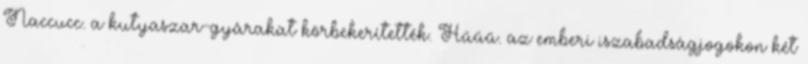
Naccucc. a kutyaszar-gyárakat körbekerítették. Hűűű. az emberi iszabadságjogokon két